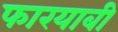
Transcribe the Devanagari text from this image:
फारयाबी